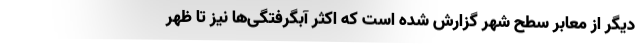
دیگر از معابر سطح شهر گزارش شده است که اکثر آبگرفتگی‌ها نیز تا ظهر